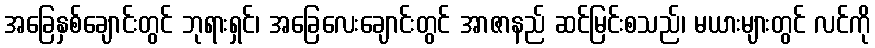
အခြေနှစ်ချောင်းတွင် ဘုရားရှင်၊ အခြေလေးချောင်းတွင် အာဇာနည် ဆင်မြင်းစသည်၊ မယားများတွင် လင်ကို